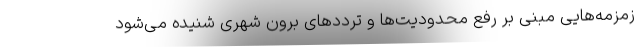
زمزمه‌هایی مبنی بر رفع محدودیت‌ها و ترددهای برون شهری شنیده می‌شود